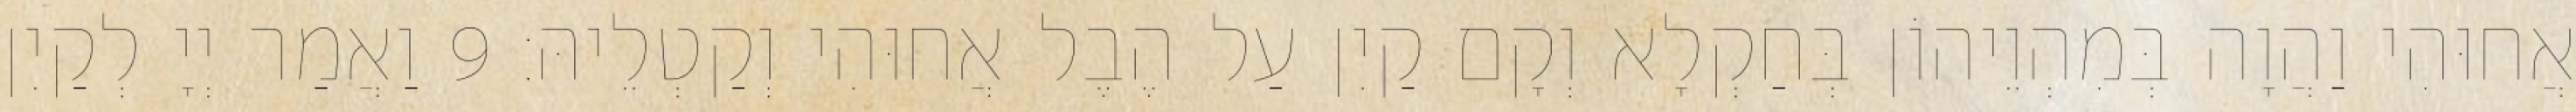
אֲחוּהִי וַהֲוָה בְּמִהְוֵיהוֹן בְּחַקְלָא וְקָם קַיִן עַל הֶבֶל אֲחוּהִי וְקַטְלֵיהּ׃ 9 וַאֲמַר יְיָ לְקַיִן